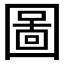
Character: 圖